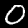
Digit: 0